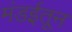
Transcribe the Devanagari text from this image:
मंडईतून